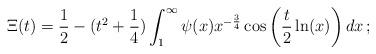
LaTeX: \begin{align*}\Xi(t) = \frac{1}{2}-(t^2+\frac{1}{4})\int_1^\infty \psi(x)x^{-\frac{3}{4}}\cos\left(\frac{t}{2}\ln(x)\right) dx \, ;\end{align*}